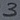
Text: 3